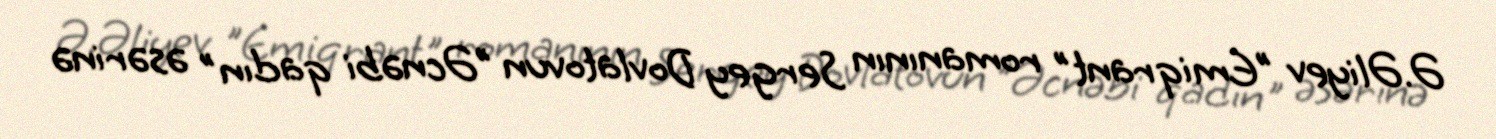
Ə.Əliyev "Emiqrant" romanının Sergey Dovlatovun "Əcnəbi qadın" əsərinə